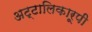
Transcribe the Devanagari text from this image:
अट्टालिकारूपी